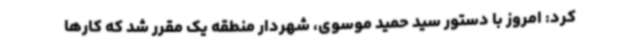
کرد: امروز با دستور سید حمید موسوی، شهردار منطقه یک مقرر شد که کارها